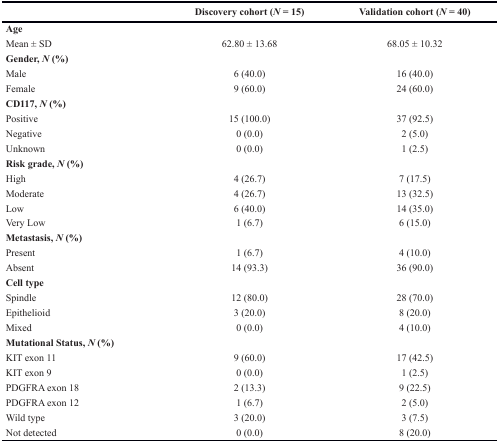
|  | Discovery cohort (N = 15) | Validation cohort (N = 40) |
 | --- | --- | --- |
 | Age |  |  |
 | Mean ± SD | 62.80 ± 13.68 | 68.05 ± 10.32 |
 | Gender, N (%) |  |  |
 | Male | 6 (40.0) | 16 (40.0) |
 | Female | 9 (60.0) | 24 (60.0) |
 | CD117, N (%) |  |  |
 | Positive | 15 (100.0) | 37 (92.5) |
 | Negative | 0 (0.0) | 2 (5.0) |
 | Unknown | 0 (0.0) | 1 (2.5) |
 | Risk grade, N (%) |  |  |
 | High | 4 (26.7) | 7 (17.5) |
 | Moderate | 4 (26.7) | 13 (32.5) |
 | Low | 6 (40.0) | 14 (35.0) |
 | Very Low | 1 (6.7) | 6 (15.0) |
 | Metastasis, N (%) |  |  |
 | Present | 1 (6.7) | 4 (10.0) |
 | Absent | 14 (93.3) | 36 (90.0) |
 | Cell type |  |  |
 | Spindle | 12 (80.0) | 28 (70.0) |
 | Epithelioid | 3 (20.0) | 8 (20.0) |
 | Mixed | 0 (0.0) | 4 (10.0) |
 | Mutational Status, N (%) |  |  |
 | KIT exon 11 | 9 (60.0) | 17 (42.5) |
 | KIT exon 9 | 0 (0.0) | 1 (2.5) |
 | PDGFRA exon 18 | 2 (13.3) | 9 (22.5) |
 | PDGFRA exon 12 | 1 (6.7) | 2 (5.0) |
 | Wild type | 3 (20.0) | 3 (7.5) |
 | Not detected | 0 (0.0) | 8 (20.0) |